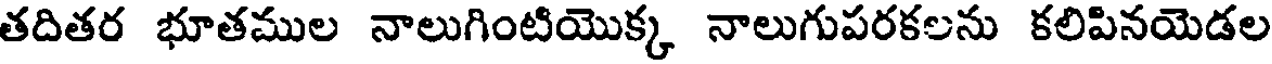
తదితర భూతముల నాలుగింటియొక్క నాలుగుపరకలను కలిపినయెడల